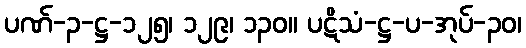
ပဏ်-၃-ဋ္ဌ-၁၂၅၊ ၁၂၉၊ ၁၃၀။ ပဋိသံ-ဋ္ဌ-ပ-အုပ်-၃၀၊